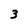
Character: 3